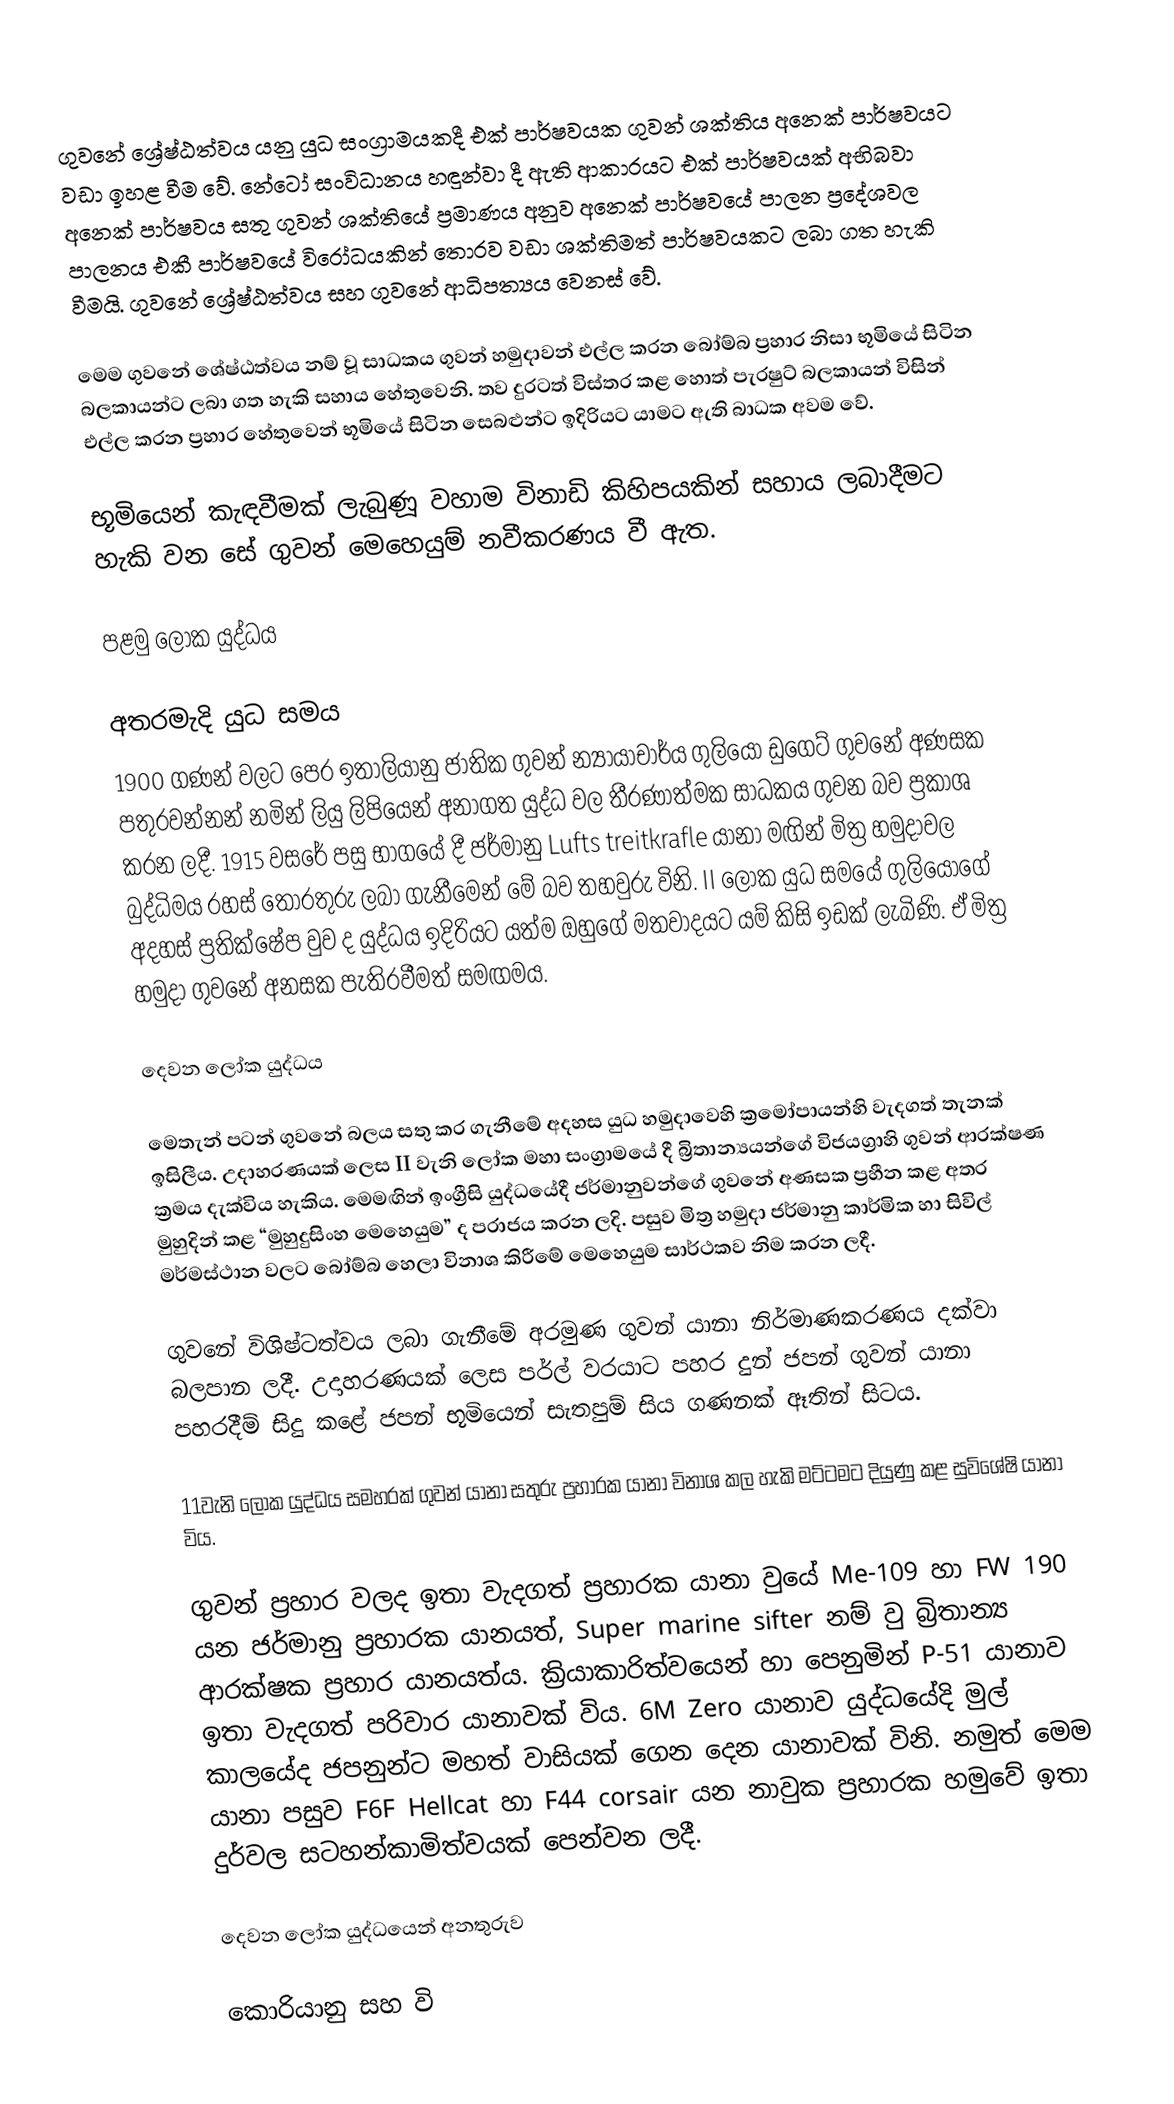
ගුවනේ ‍‍ශ්‍රේෂ්ඨත්වය යනු යුධ සංග්‍රාමයකදී එක් පාර්ෂවයක ගුවන් ශක්තිය අනෙක් පාර්ෂවයට වඩා ඉහළ වීම වේ. නේටෝ සංවිධානය හඳුන්වා දී ඇති ආකාරයට එක් පාර්ෂවයක් අභිබවා අනෙක් පාර්ෂවය සතු ගුවන් ශක්තියේ ප්‍රමාණය අනුව අනෙක් පාර්ෂවයේ පාලන ප්‍රදේශවල පාලනය එකී පාර්ෂවයේ විරෝධයකින් තොරව වඩා ශක්තිමත් පාර්ෂවයකට ලබා ගත හැකි වීමයි. ගුවනේ ශ්‍රේෂ්ඨත්වය සහ ගුවනේ ආධිපත්‍යය වෙනස් වේ.

මෙම ගුවනේ ශේෂ්ඨත්වය නම් වූ සාධකය ගුවන් හමුදාවන් එල්ල කරන බෝම්බ ප්‍රහාර නිසා භූමියේ සිටින බලකායන්ට ලබා ගත හැකි සහාය හේතුවෙනි. තව දුරටත් විස්තර කළ හොත් පැරෂුට් බලකායන් විසින් එල්ල කරන ප්‍රහාර හේතුවෙන් භූමියේ සිටින සෙබළුන්ට ඉදිරියට යාමට ඇති බාධක අවම වේ.

භූමියෙන් කැඳවීමක් ලැබුණූ වහාම විනාඩි කිහිපයකින් සහාය ලබාදීමට  හැකි වන සේ ගුවන් මෙහෙයුම් නවීකරණය වී ඇත.

පළමු ලෝක යුද්ධය

අතරමැදි යුධ සමය
1900 ගණන් වලට පෙර ඉතාලියානු ජාතික ගුවන් න්‍යායාචාර්ය ගුලියො‍් ඩුගෙට් ගුවනේ අණසක පතුරවන්නන් නමින් ලියු ලිපියෙන් අනාගත යුද්ධ වල  තීරණාත්මක සාධකය ගුවන බව ප්‍රකාශ කරන ලදී. 1915 වසරේ පසු භාගයේ දී ජර්මානු Lufts treitkrafle යානා මඟින් මිත්‍ර හමුදාවල බුද්ධිමය රහස් තොරතුරු ලබා ගැනීමෙන් මේ බව තහවුරු විනි. II ලෝක යුධ සමයේ ගුලියෝගේ අදහස් ප්‍රතික්ෂේප වුව ද යුද්ධය ඉදිරියට යත්ම ඔහුගේ මතවාදයට යම් කිසි ඉඩක් ලැබිණි. ඒ මිත්‍ර හමුදා ගුවනේ අනසක පැතිරවීමත් සමඟමය.

දෙවන ලෝක යුද්ධය

මෙතැන් පටන් ගුවනේ බලය සතු කර ගැනීමේ අදහස යුධ හමුදාවෙහි ක්‍රමෝපායන්හි වැදගත් තැනක් ඉසිලීය. උදාහරණයක් ලෙස II වැනි ලෝක මහා සංග්‍රාමයේ දී බ්‍රිතාන්‍යයන්ගේ විජයග්‍රා‍හි ගුවන් ආරක්ෂණ ක්‍රමය දැක්විය හැකිය. මෙමඟින් ඉංග්‍රීසි යුද්ධයේදී ජර්මානුවන්ගේ ගුවනේ අණසක ප්‍රහීන කළ අතර මුහුදින් කළ “මුහුදුසිංහ මෙහෙයුම” ද පරාජය කරන ලදි. පසුව මිත්‍ර හමුදා ජර්මානු කාර්මික හා සිවිල් මර්මස්ථාන වලට බෝම්බ හෙලා විනාශ කිරීමේ මෙහෙයුම සාර්ථකව නිම කරන ලදී.

ගුවනේ විශිෂ්ටත්වය ලබා ගැනීමේ අරමුණ ගුවන් යානා නිර්මාණකරණය දක්වා බලපාන ලදී. උදාහරණයක් ලෙස පර්ල් වරයාට පහර දුන් ජපන් ගුවන් යානා පහරදීම් සිදු කළේ ජපන් භූමියෙන් සැතපුම් සිය ගණනක් ඈතින් සිටය.

11වැනි ලෝක යුද්ධය සමහරක් ගුවන් යානා සතුරු ප්‍රහාරක යානා විනාශ කල හැකි මට්ටමට දියුණු කළ සුවිශේෂි යානා විය.

ගුවන් ප්‍රහාර වලද ඉතා වැදගත් ප්‍රහාරක යානා වුයේ Me-109 හා  FW 190 යන ජර්මානු ප්‍රහාරක යානයත්, Super marine sifter නම් වු බ්‍රිතාන්‍ය ආරක්ෂක ප්‍රහාර යානයත්ය. ක්‍රියාකාරිත්වයෙන් හා පෙනුමින් P-51 යානාව ඉතා වැදගත් පරිවාර යානාවක් විය. 6M Zero  යානාව යුද්ධයේදි මුල් කාලයේද ජපනුන්ට මහත් වාසියක් ගෙන දෙන යානාවක් විනි. නමුත් මෙම යානා පසුව F6F Hellcat හා F44 corsair  යන නාවුක ප්‍රහාරක හමුවේ ඉතා දුර්වල සටහන්කාමිත්වයක් පෙන්වන ලදී.

දෙවන ලෝක යුද්ධයෙන් අනතුරුව

කොරියානු සහ වි